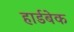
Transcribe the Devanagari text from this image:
हार्डबेक